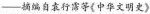
——摘编自袁行霈等《中华文明史》